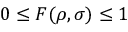
0 \leq F ( \rho , \sigma ) \leq 1